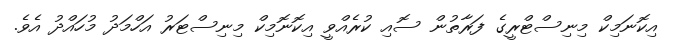
އިކޮނަމިކް މިނިސްޓްރީގެ ފަރާތުން ސޮއި ކުރެއްވީ އިކޮނޮމިކް މިނިސްޓަރު އަހްމަދު މުހައްދު އެވެ.